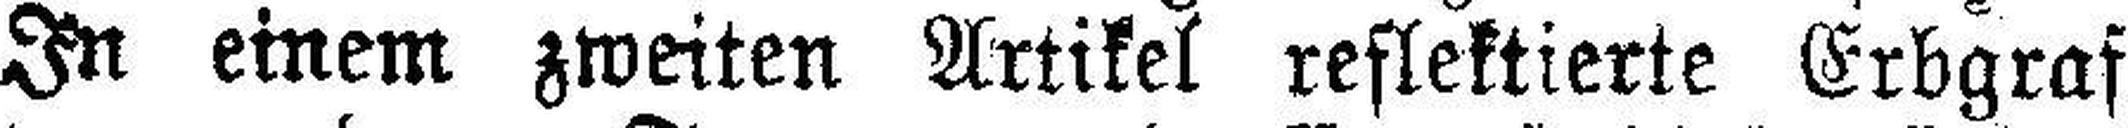
In einem zweiten Artikel reflektierte Erbgraf